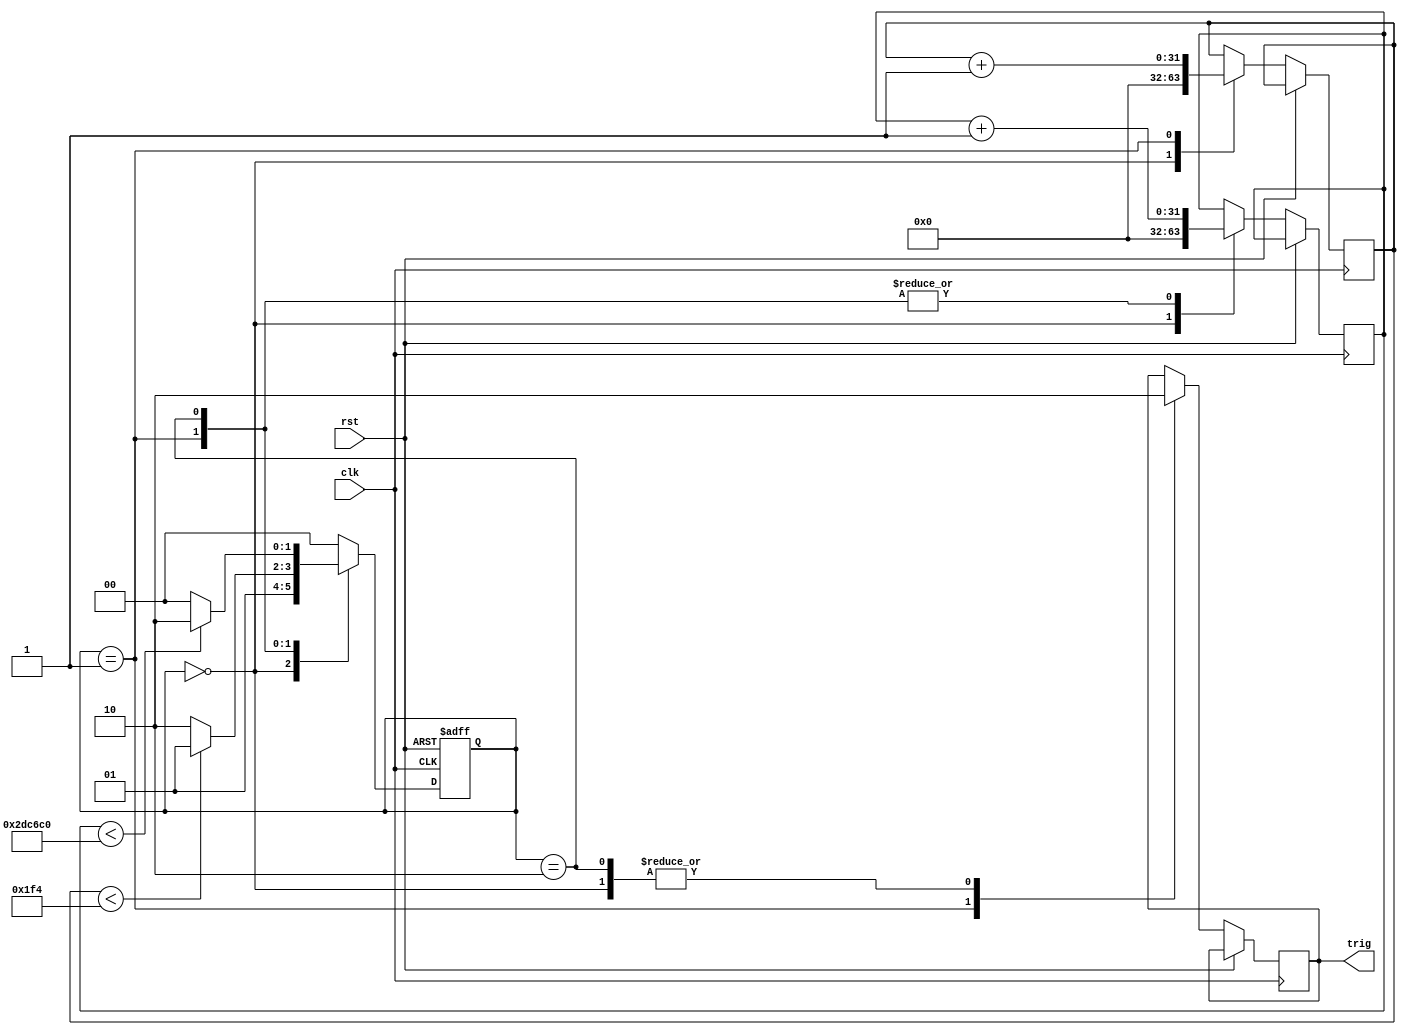
module sendSignal(clk, rst, trig);

input clk,rst;
output reg trig;

parameter S0=2'b00,S1=2'b01,S2=2'b10;
parameter trigV=500,periodV=3000000;

reg [31:0] trigC, periodC; //trigger and period counter
reg [1:0] state;

always @ (posedge clk, posedge rst) begin
	if(rst) state<=S0; //if reset goes back to S0 state
	else case(state) // else, looks at which state

				S0:begin
						trig<=0;
						trigC<=0;
						periodC<=0;
						state<=S1;
					end

				S1: begin
						trig<=1;
						trigC<=trigC+1;
						periodC<=periodC+1;
						if(trigC<trigV) state<=S1; //trig counter vs trig value remains the same as long as trigc < trigv
						else state<=S2; //changing the state
					end
				S2: begin 
						trig<=0;
						periodC<=periodC+1;
						if(periodC<periodV) state<=S2;
						else state<=S0;
					end

				default:
					state<=S0;
				endcase
end
endmodule